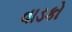
વાડકો